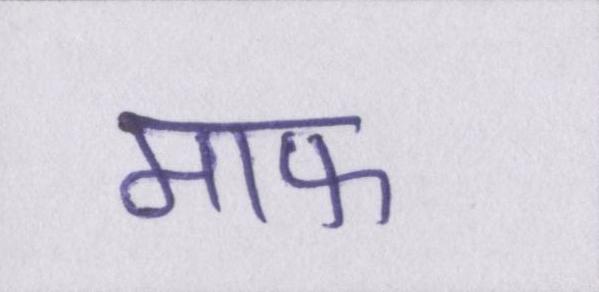
माफ